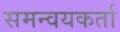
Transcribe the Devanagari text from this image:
समन्वयकर्ता